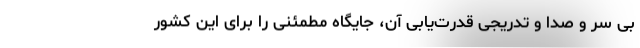
بی سر و صدا و تدریجی قدرت‌یابی آن، جایگاه مطمئنی را برای این کشور